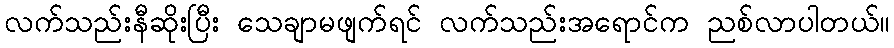
လက်သည်းနီဆိုးပြီး သေချာမဖျက်ရင် လက်သည်းအရောင်က ညစ်လာပါတယ်။